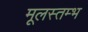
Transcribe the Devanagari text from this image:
मूलस्तम्भ